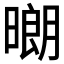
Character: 𱢞